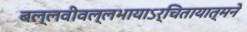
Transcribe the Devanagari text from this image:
बल्लवीवल्लभायाऽर्चितायात्मने